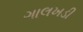
ગાલખડી